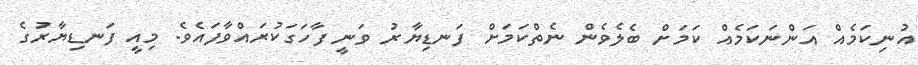
އުނިކަމެއް އަންނަކަމެއް ކަމަށް ބެލެވެން ނެތްކަމަށް ފަނޑިޔާރު ވަނީ ފާހަގަކުރައްވާފައެވެ. މިއީ ފަނޑިޔާރުގެ